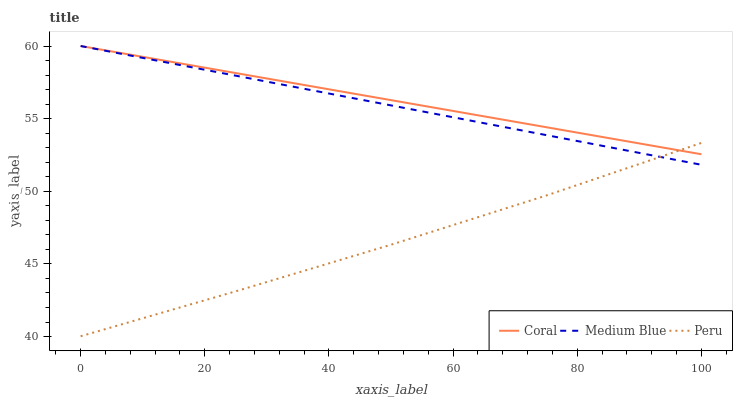
| xaxis_label | Coral | Medium Blue | Peru |
 | --- | --- | --- | --- |
 | 0 | 60 | 60 | 40 |
 | 25 | 58.1 | 58 | 43.1 |
 | 50 | 56.3 | 55.9 | 46.3 |
 | 75 | 54.4 | 53.9 | 49.7 |
 | 100 | 52.5 | 51.8 | 53.3 |